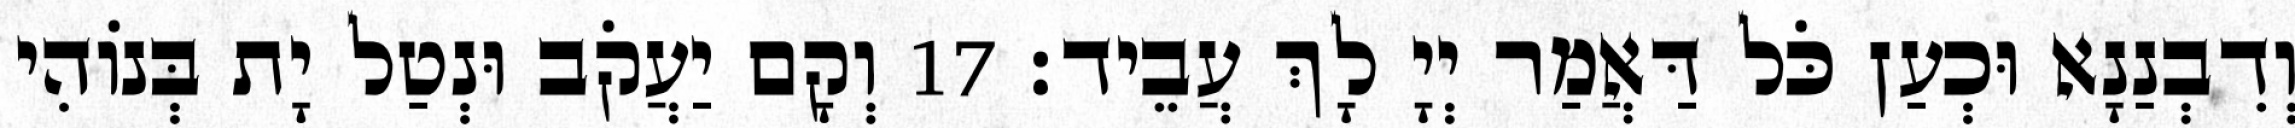
וְדִבְנַנָא וּכְעַן כֹּל דַּאֲמַר יְיָ לָךְ עֲבֵיד׃ 17 וְקָם יַעֲקֹב וּנְטַל יָת בְּנוֹהִי